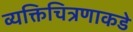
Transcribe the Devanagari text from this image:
व्यक्तिचित्रणाकडे